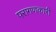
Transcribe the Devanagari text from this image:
परागणकारी